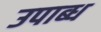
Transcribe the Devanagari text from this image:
उपाब्ध